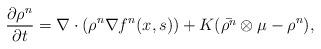
LaTeX: \begin{align*} \frac{\partial \rho^n}{\partial t} = \nabla \cdot(\rho^n \nabla f^n(x, s)) + K (\bar{\rho^n}\otimes \mu - \rho^n ), \end{align*}